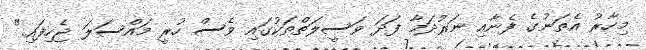
މިހާރު އެތަނުގެ ފެނާއި ނަރުދަމާ ފަދަ ވަސީލަތްތަކުގައި ވެސް ހުރީ މައްސަލަ ޖެހިފައި."